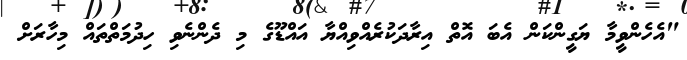
"އެހެންވީމާ ޔަގީންކަން އެބަ އޮތް އިރާދަކުރެއްވިއްޔާ އައްޑޫގެ މި ދެންނެވި ހިދުމަތްތައް މިހާރަށް